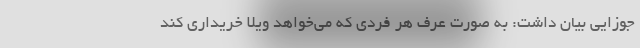
جوزایی بیان داشت: به صورت عرف هر فردی که می‌خواهد ویلا خریداری کند